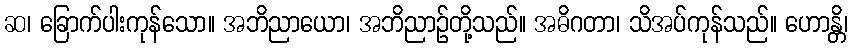
ဆ၊ ခြောက်ပါးကုန်သော။ အဘိညာယော၊ အဘိညာဉ်တို့သည်။ အဓိဂတာ၊ သိအပ်ကုန်သည်။ ဟောန္တိ၊